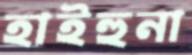
হাইহুনা